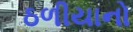
ઠળીયાનો